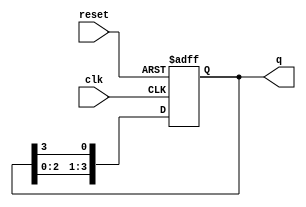
module ring_counter #(parameter N = 4) (
    input wire clk,          // Clock input
    input wire reset,        // Asynchronous reset input
    output reg [N-1:0] q     // Output state of the counter
);

// Initial state
initial begin
    q = 1'b1; // Start with the first flip-flop set high
end

// Sequential logic for the ring counter
always @(posedge clk or posedge reset) begin
    if (reset) begin
        q <= 1'b1; // On reset, set the first flip-flop high
    end else begin
        q <= {q[N-2:0], q[N-1]}; // Shift the high state to the next flip-flop
    end
end

endmodule